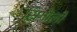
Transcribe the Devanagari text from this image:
सिगौली